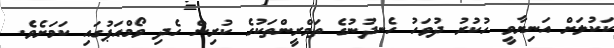
ކަކުލަށް އަނިޔާވީ ހުކުރު ދުވަހު ހެނދުނުގެ ތަމްރީންތަކުގެ ކުރިން ހެދި ވޯމްއަޕުގައި ކަމަށެވެ.